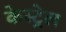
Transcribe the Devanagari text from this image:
केस्ट्रेल